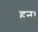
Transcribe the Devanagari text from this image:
हून।